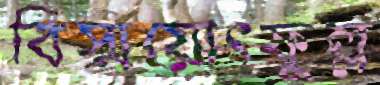
বিস্ময়োৎফুল্ল